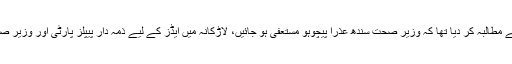
یاد رہے کہ گزشتہ ہفتے پاکستان تحریک انصاف سندھ کے رہنما خرم شیر زمان نے مطالبہ کر دیا تھا کہ وزیر صحت سندھ عذرا پیچوہو مستعفی ہو جائیں، لاڑکانہ میں ایڈز کے لیے ذمہ دار پیپلز پارٹی اور وزیر صحت ہیں، کیوں کہ سندھ میں پابندی کے باوجود غیر معیاری انتقال خون جاری ہے۔